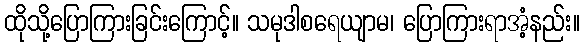
ထိုသို့ပြောကြားခြင်းကြောင့်။ သမုဒါစရေယျာမ၊ ပြောကြားရာအံ့နည်း။